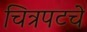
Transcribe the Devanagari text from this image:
चित्रपटचे